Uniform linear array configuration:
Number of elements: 8
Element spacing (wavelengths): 0.25
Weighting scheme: kaiser
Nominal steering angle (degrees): -15
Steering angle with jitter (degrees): -14.186
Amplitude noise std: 0.05
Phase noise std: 0.05

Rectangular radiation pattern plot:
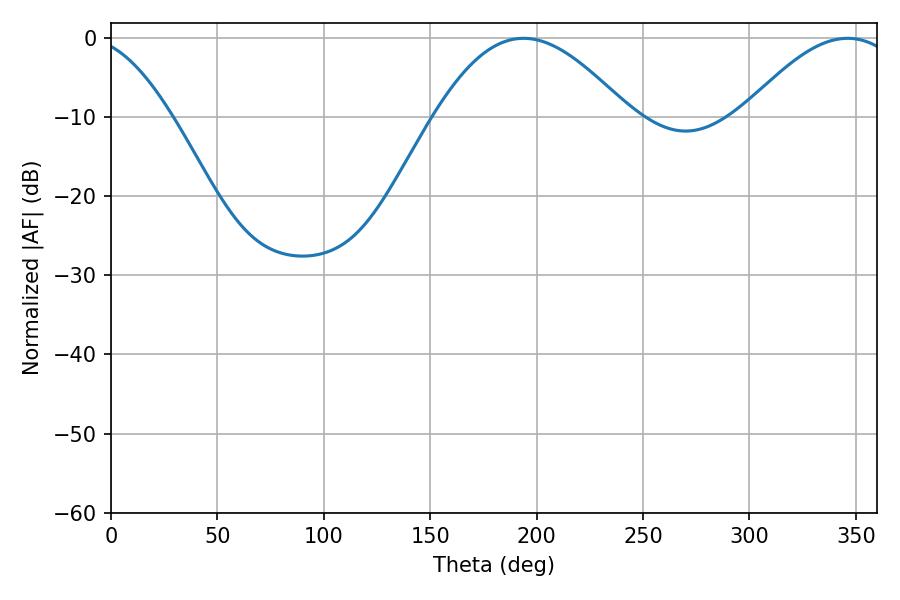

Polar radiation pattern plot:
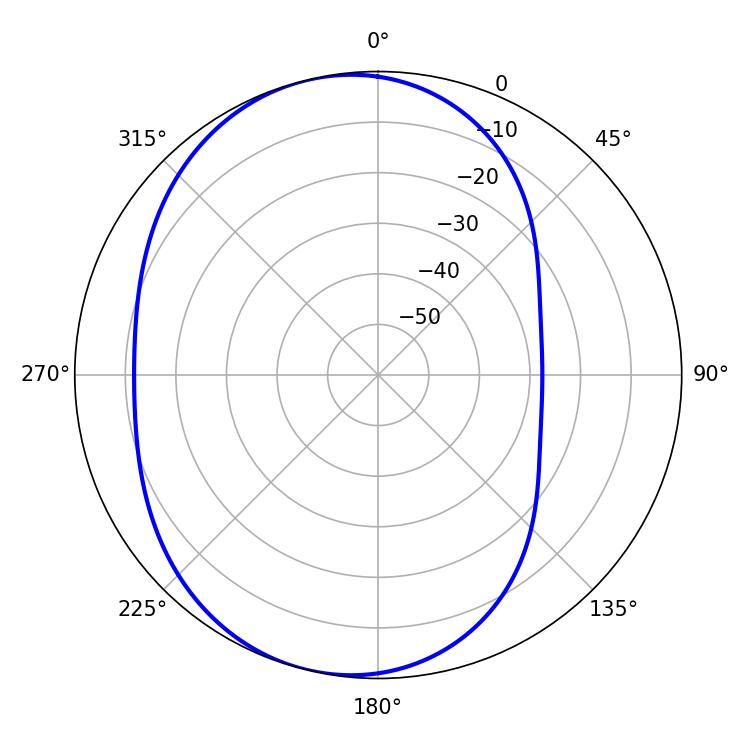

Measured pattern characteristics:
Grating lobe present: FALSE
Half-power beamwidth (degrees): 49.32
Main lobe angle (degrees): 193.86